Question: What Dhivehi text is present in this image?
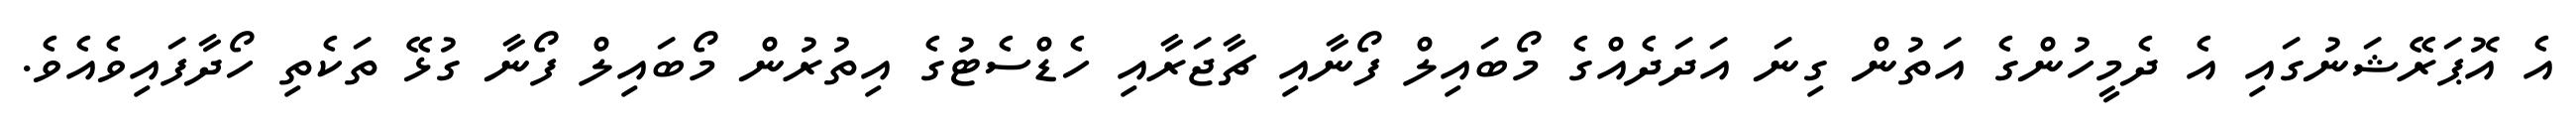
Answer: އެ އޮޕަރޭޝަނުގައި އެ ދެމީހުންގެ އަތުން ގިނަ އަދަދެއްގެ މޯބައިލް ފޯނާއި ޗާޖަރާއި ހެޑްސެޓުގެ އިތުރުން މޯބައިލް ފޯނާ ގުޅޭ ތަކެތި ހޯދާފައިވެއެވެ.